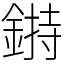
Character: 𨨲